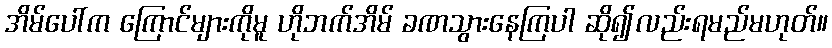
အိမ်ပေါ်က ကြောင်များကိုမူ ဟိုဘက်အိမ် ခဏသွားနေကြပါ ဆို၍လည်းရမည်မဟုတ်။